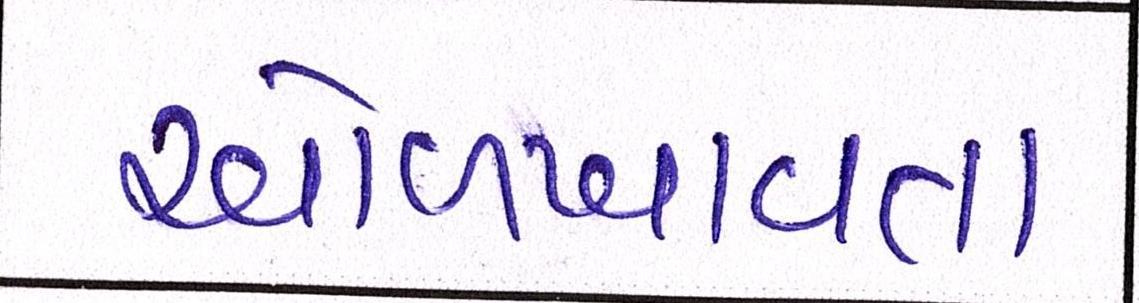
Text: ઓળખાવતા